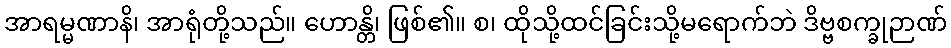
အာရမ္မဏာနိ၊ အာရုံတို့သည်။ ဟောန္တိ၊ ဖြစ်၏။ စ၊ ထိုသို့ထင်ခြင်းသို့မရောက်ဘဲ ဒိဗ္ဗစက္ခုဉာဏ်